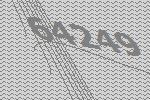
64249